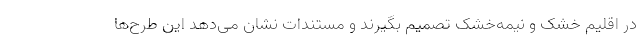
در اقلیم خشک و نیمه‌خشک تصمیم بگیرند و مستندات نشان می‌دهد این طرح‌ها